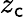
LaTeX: z_{\mathsf{c}}